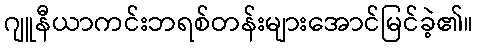
ဂျူနီယာကင်းဘရစ်တန်းများအောင်မြင်ခဲ့၏။